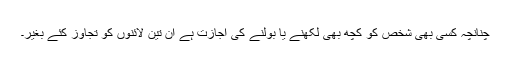
چنانچہ کسى بهى شخص کو کچھ بهى لکهنے یا بولنے کى اجازت ہے ان تین لائنوں کو تجاوز کئے بغیر۔